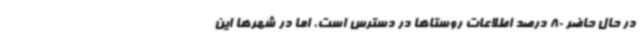
در حال حاضر 80 درصد اطلاعات روستاها در دسترس است، اما در شهرها این